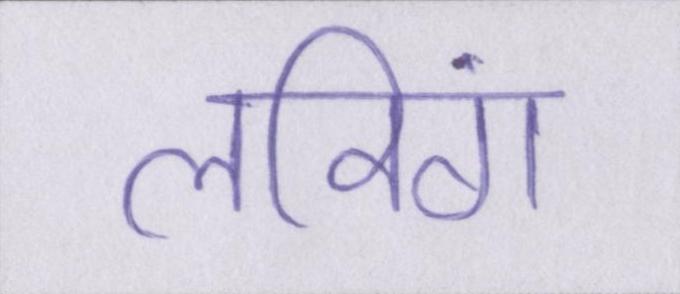
लविंग